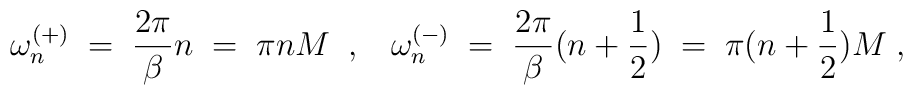
\omega^{(+)}_n \;=\; \frac{2 \pi}{\beta}  n  \;=\; \pi n M \;\;,\;\;\;\omega^{(-)}_n \;=\; \frac{2 \pi}{\beta}  (n+\frac{1}{2}) \;=\; \pi(n+\frac{1}{2}) M \;,